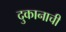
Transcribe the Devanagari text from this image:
दुकानाची